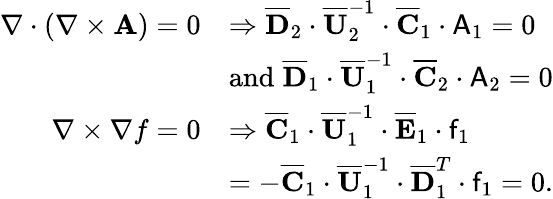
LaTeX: \begin{array}{rl}{\nabla\cdot(\nabla\times\mathbf{A})=0}&{\Rightarrow\overline{{\mathbf{D}}}_{2}\cdot\overline{{\mathbf{U}}}_{2}^{-1}\cdot\overline{{\mathbf{C}}}_{1}\cdot\mathsf{A}_{1}=0}\\ &{\mathrm{and}\; \overline{{\mathbf{D}}}_{1}\cdot\overline{{\mathbf{U}}}_{1}^{-1}\cdot\overline{{\mathbf{C}}}_{2}\cdot\mathsf{A}_{2}=0}\\ {\nabla\times\nabla f=0}&{\Rightarrow\overline{{\mathbf{C}}}_{1}\cdot\overline{{\mathbf{U}}}_{1}^{-1}\cdot\overline{{\mathbf{E}}}_{1}\cdot\mathsf{f}_{1}}\\ &{=-\overline{{\mathbf{C}}}_{1}\cdot\overline{{\mathbf{U}}}_{1}^{-1}\cdot\overline{{\mathbf{D}}}_{1}^{T}\cdot\mathsf{f}_{1}=0.}\end{array}